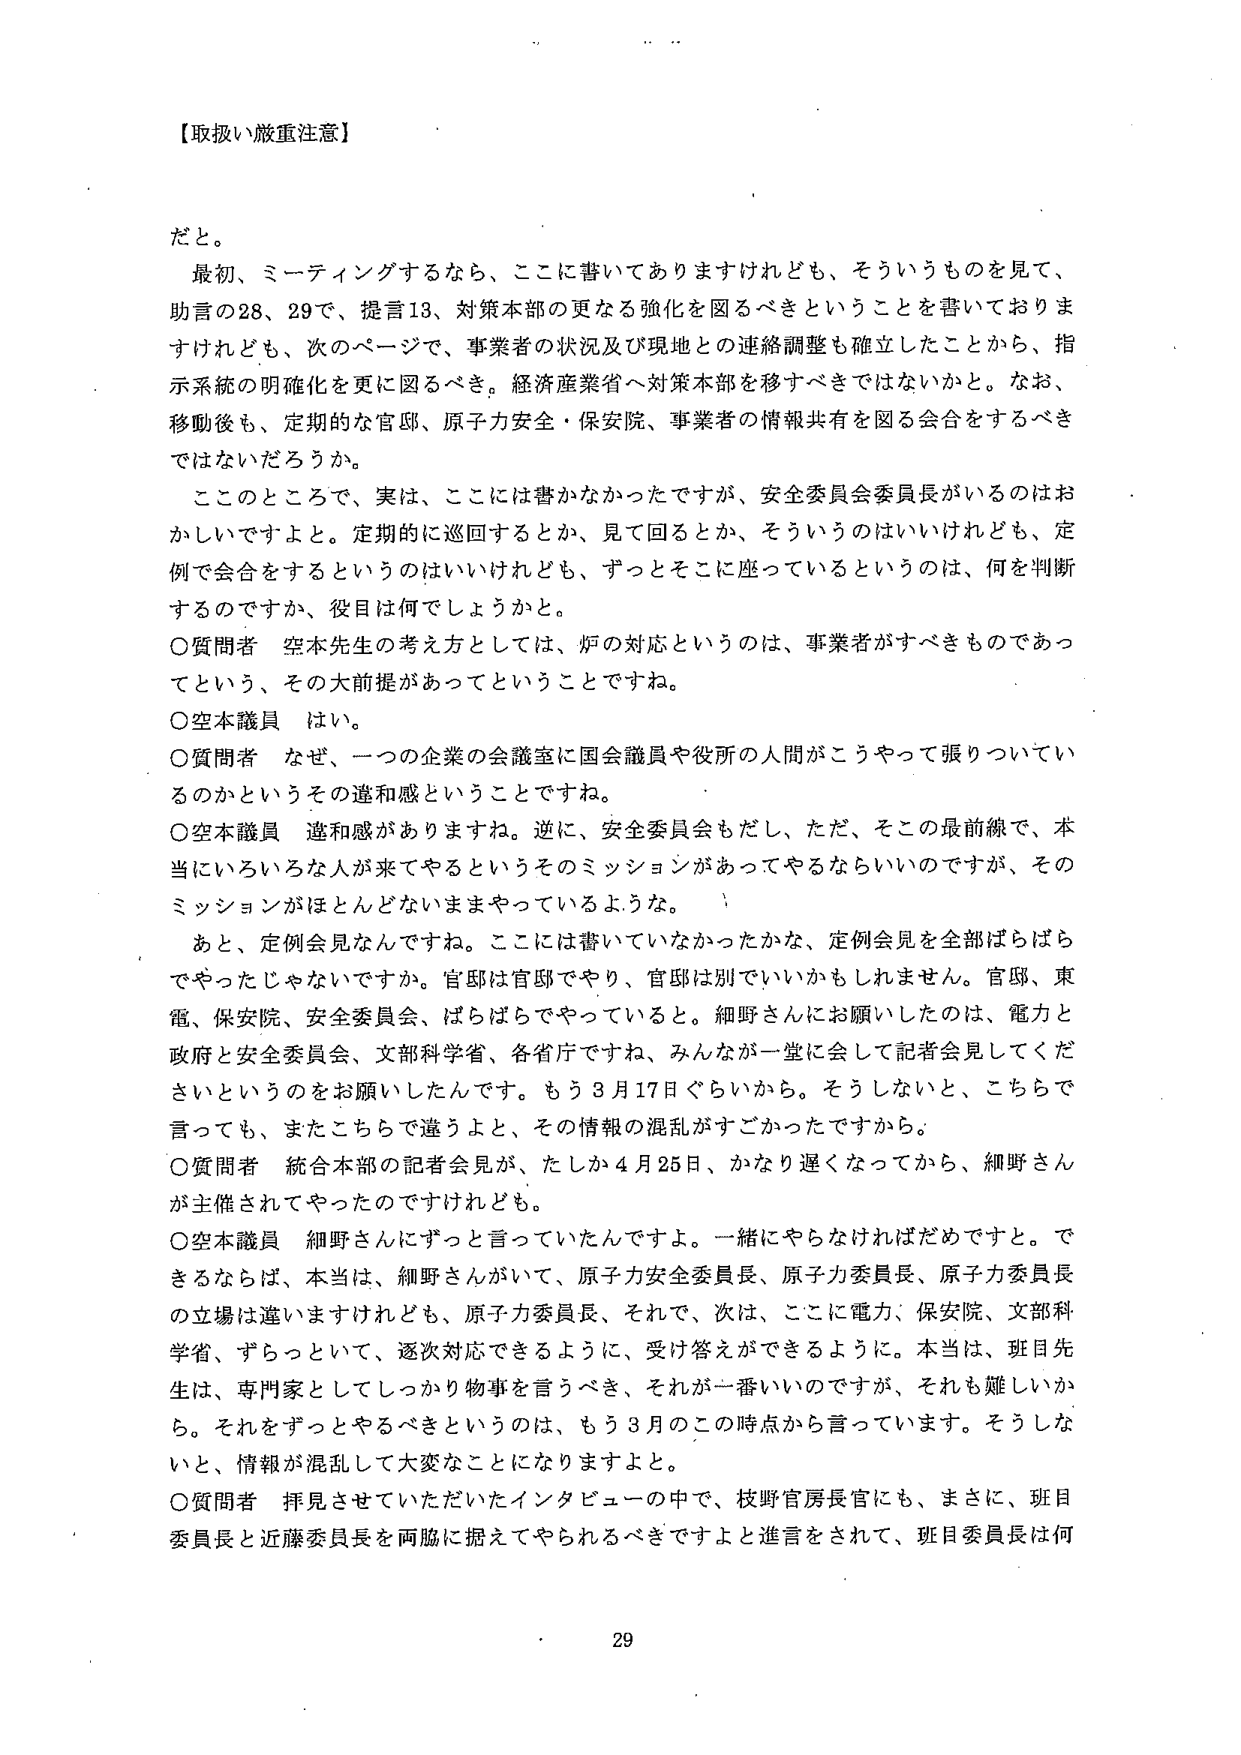
【取扱い厳重注意】

だと。

最初、ミーティングするなら、ここに書いてありますけれども、そういうものを見て、
助言の28、29で、提言13、対策本部の更なる強化を図るべきということを書いておりま
すけれども、次のページで、事業者の状況及び現地との連絡調整も確立したことから、指
示系統の明確化を更に図るべき。経済産業省へ対策本部を移すべきではないかと。なお、
移動後も、定期的な官邸、原子力安全・保安院、事業者の情報共有を図る会合をするべき
ではないだろうか。

このところで、実は、ここには書かなかったですが、安全委員会委員長がいるのはお
かしいですよと。定期的に巡回するとか、見て回るとか、そういうのはいいけれども、定
例で会合をするというのはいいけれども、ずっとそこに座っているというのは、何を判断
するのですか、役目は何でしょうかと。

〇質問者 空本先生の考え方としては、炉の対応というのは、事業者がすべきものであっ
てという、その大前提があってということですね。

〇空本議員 はい。

〇質問者 なぜ、一つの企業の会議室に国会議員や役所の人間がこうやって張りついてい
るのかというその違和感ということですね。

〇空本議員 違和感がありますね。逆に、安全委員会もだし、ただ、そこの最前線で、本
当にいろいろな人が来てやるというそのミッションがあってやるならいいのですが、その
ミッションがほとんどないままやっているような。

あと、定例会見なんですね。ここには書いていなかったかな、定例会見を全部ばらばら
でやったじゃないですか。官邸は官邸でやり、官邸は別でいいかもしれません。官邸、東
電、保安院、安全委員会、ばらばらでやっていると。細野さんにお願いしたのは、電力と
政府と安全委員会、文部科学省、各省庁ですね、みんなが一堂に会して記者会見してくだ
さいということをお願いしたんです。もう3月17日ぐらいから。そうしないと、こちらで
言っても、またこちらで違うよと、その情報の混乱がすごかったですから。

〇質問者 統合本部の記者会見が、たしか4月25日、かなり遅くなってから、細野さん
が主催されてやったのですけれども。

〇空本議員 細野さんにずっと言っていたんですよ。一緒にやらなければだめですよ。で
きるならば、本当は、細野さんがいて、原子力安全委員長、原子力委員長、原子力委員長
の立場は違いますけれども、原子力委員長、それで、次は、ここに電力、保安院、文部科
学省、ずらっといて、逐次対応できるように、受け答えができるように。本当は、班目先
生は、専門家としてしっかり物事を言うべき、それが一番いいのですが、それも難しいか
ら。それをずっとやるべきというのは、もう3月のこの時点から言っています。そうしな
いと、情報が混乱して大変なことになりますよと。

〇質問者 拝見させていただいたインタビューの中で、枝野官房長官にも、まさに、班目
委員長と近藤委員長を両脇に据えてやられるべきですよと進言をされて、班目委員長は何

29